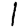
Digit: 1